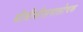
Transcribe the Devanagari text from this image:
बीबीसीसमालोचक